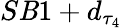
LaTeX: S\mathit{B}1+d_{\tau_{4}}